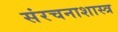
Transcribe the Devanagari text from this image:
संरचनाशास्त्र